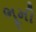
ભૂમી